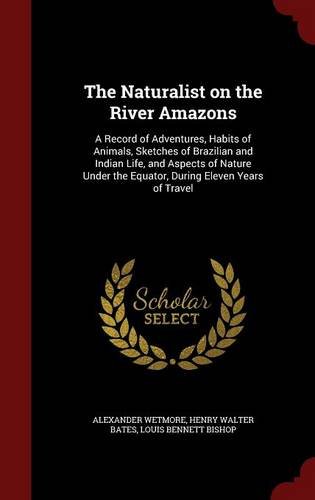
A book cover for The Naturalist on the River Amazons: A Record of Adventures, Habits of Animals, Sketches of Brazilian and Indian Life, and Aspects of Nature Under the Equator, During Eleven Years of Travel; Alexander Wetmore; Travel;